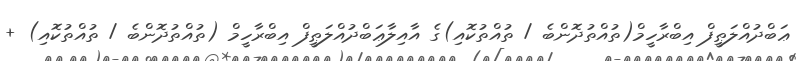
ޢަބްދުއްލަޠީފް އިބްރާހީމް(ތުއްތުދޮންބެ / ތުއްތުކޮއި)ގެ އާއިލާޢަބްދުއްލަޠީފް އިބްރާހީމް (ތުއްތުދޮންބެ / ތުއްތުކޮއި) +